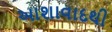
આશાવાદથી